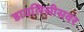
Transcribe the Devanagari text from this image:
डायलिसीसवर